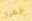
الهزاز